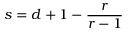
s = d + 1 - \frac { r } { r - 1 }